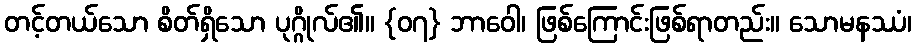
တင့်တယ်သော စိတ်ရှိသော ပုဂ္ဂိုလ်၏။ {၀၇} ဘာဝေါ၊ ဖြစ်ကြောင်းဖြစ်ရာတည်း။ သောမနဿံ၊